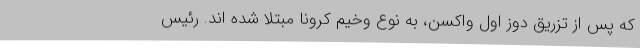
که پس از تزریق دوز اول واکسن، به نوع وخیم کرونا مبتلا شده اند. رئیس